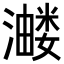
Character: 𭳂